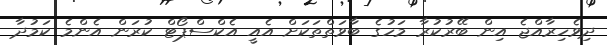
ދިވެހިރާއްޖެ އިން ބޭރުކުރާ މަހުގެ ބާވަތްތަކަށް އެއީ އެކްސްޕޯޓް ކުރަން އެންމެ ކަމުދާ